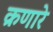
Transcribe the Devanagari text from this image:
क्रणारे